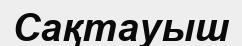
Сақтауыш